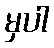
မှပါ